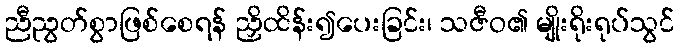
ညီညွတ်စွာဖြစ်စေရန် ညှိထိန်း၍ပေးခြင်း၊ သဇီဝ၏ မျိုးရိုးရုပ်သွင်